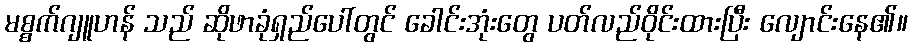
မစ္စက်ဂျူဟန် သည် ဆိုဖာခုံရှည်ပေါ်တွင် ခေါင်းအုံးတွေ ပတ်လည်ဝိုင်းထားပြီး လျောင်းနေ၏။